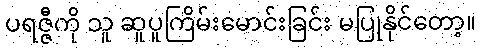
ပရဇ္ဇီကို သူ ဆူပူကြိမ်းမောင်းခြင်း မပြုနိုင်တော့။